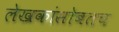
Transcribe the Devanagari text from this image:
लेखकांसोबतच